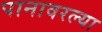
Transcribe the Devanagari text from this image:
पानावरल्या